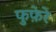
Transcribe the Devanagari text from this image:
फुफ़ेरे